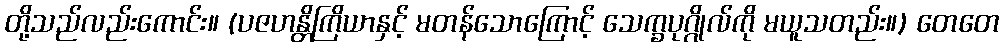
တို့သည်လည်းကောင်း။ (ပဇဟန္တိကြိယာနှင့် မတန်သောကြောင့် သေက္ခပုဂ္ဂိုလ်ကို မယူသတည်း။) တေတေ